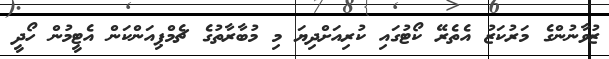
ޒުވާނުންގެ މަރުކަޒު އެތެރޭ ކޯޓުގައި ކުރިއަށްދިޔަ މި މުބާރާތުގެ ޗެމްޕިއަންކަން އެޓީމުން ހޯދީ